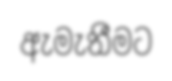
ඇමැතීමට